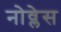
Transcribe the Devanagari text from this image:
नोव्लेस